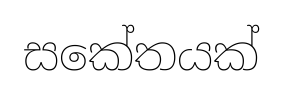
සකේතයක්